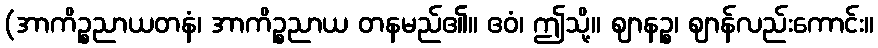
(အာကိဉ္စညာယတနံ၊ အာကိဉ္စညာယ တနမည်၏။ ဧဝံ၊ ဤသို့။ ဈာနဉ္စ၊ ဈာန်လည်းကောင်း။